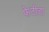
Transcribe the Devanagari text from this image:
फेटीडा